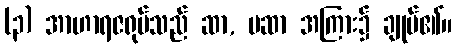
(၃) အာဟာရဇရုပ်သည် ဆာ, မဆာ အကြား၌ ချုပ်၏။